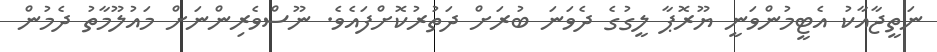
ނަތީޖާއާކު އެޓީމުންވަނީ ޔޫރޮޕާ ލީގުގެ ދެވަނަ ބުރަށް ދަތުރުކޮށްފައެވެ. ނޫސްވެރިންނަށް މައުލޫމާތު ދެމުން